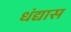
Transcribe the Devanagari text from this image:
धंद्यास